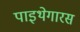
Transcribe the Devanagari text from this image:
पाइथेगारस